Report of the Indian Hemp Drugs Commission, 1894-1895 - Volume I
Year: 1894
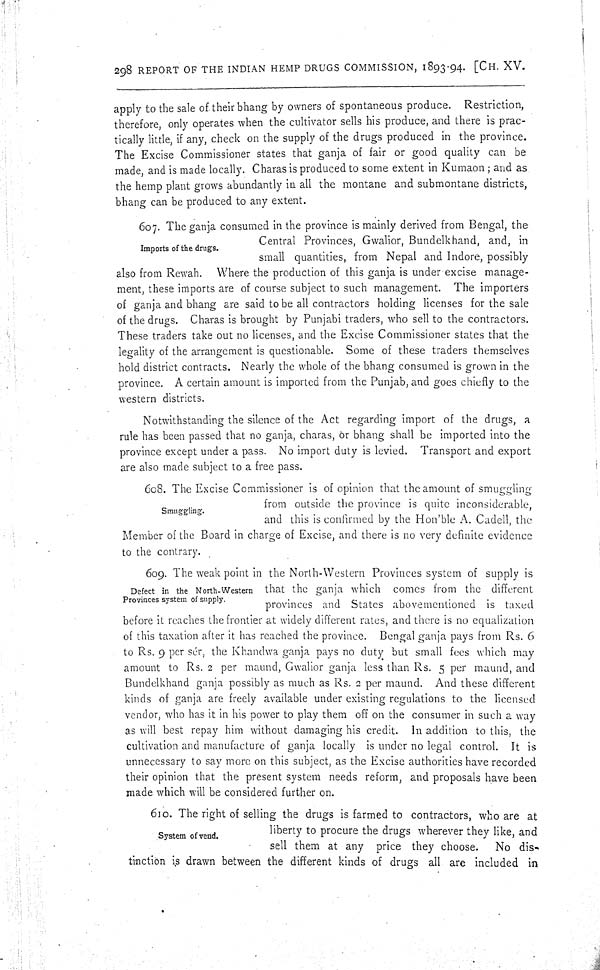
298 REPORT OF THE INDIAN HEMP DRUGS COMMISSION, 1893-94. [CH. XV.
apply to the sale of their bhang by owners of spontaneous produce. Restriction,
therefore, only operates when the cultivator sells his produce, and there is prac-
tically little, if any, check on the supply of the drugs produced in the province.
The Excise Commissioner states that ganja of fair or good quality can be
made, and is made locally. Charas is produced to some extent in Kumaon; and as
the hemp plant grows abundantly in all the montane and submontane districts,
bhang can be produced to any extent.
Imports of the drugs.
607. The ganja consumed in the province is mainly derived from Bengal, the
Central Provinces, Gwalior, Bundelkhand, and, in
small quantities, from Nepal and Indore, possibly
also from Rewah. Where the production of this ganja is under excise manage-
ment, these imports are of course subject to such management. The importers
of ganja and bhang are said to be all contractors holding licenses for the sale
of the drugs. Charas is brought by Punjabi traders, who sell to the contractors.
These traders take out no licenses, and the Excise Commissioner states that the
legality of the arrangement is questionable. Some of these traders themselves
hold district contracts. Nearly the whole of the bhang consumed is grown in the
province. A certain amount is imported from the Punjab, and goes chiefly to the
western districts.
Notwithstanding the silence of the Act regarding import of the drugs, a
rule has been passed that no ganja, charas, or bhang shall be imported into the
province except under a pass. No import duty is levied. Transport and export
are also made subject to a free pass.
Smuggling.
608. The Excise Commissioner is of opinion that the amount of smuggling
from outside the province is quite inconsiderable,
and this is confirmed by the Hon'ble A. Cadell, the
Member of the Board in charge of Excise, and there is no very definite evidence
to the contrary.
Defect in the North-Western
Provinces system of supply.
609. The weak point in the North-Western Provinces system of supply is
that the ganja which comes from the different
provinces and States abovementioned is taxed
before it reaches the frontier at widely different rates, and there is no equalization
of this taxation after it has reached the province. Bengal ganja pays from Rs. 6
to Rs. 9 per sér, the Khandwa ganja pays no duty but small fees which may
amount to Rs. 2 per maund, Gwalior ganja less than Rs. 5 per maund, and
Bundelkhand ganja possibly as much as Rs. 2 per maund. And these different
kinds of ganja are freely available under existing regulations to the licensed
vendor, who has it in his power to play them off on the consumer in such a way
as will best repay him without damaging his credit. In addition to this, the
cultivation and manufacture of ganja locally is under no legal control. It is
unnecessary to say more on this subject, as the Excise authorities have recorded
their opinion that the present system needs reform, and proposals have been
made which will be considered further on.
System of vend.
610. The right of selling the drugs is farmed to contractors, who are at
liberty to procure the drugs wherever they like, and
sell them at any price they choose.
No dis-
tinction is drawn between the different kinds of drugs all are included in